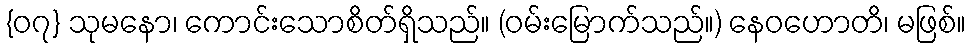
{၀၇} သုမနော၊ ကောင်းသောစိတ်ရှိသည်။ (ဝမ်းမြောက်သည်။) နေဝဟောတိ၊ မဖြစ်။